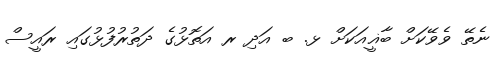
ނެތޭ ވެވޭކަށް ބާޣީއަކަށް ޅ. ބ އަދި ރ އަތޮޅުގެ ދަތުރުފުޅުގައި ރައީސް